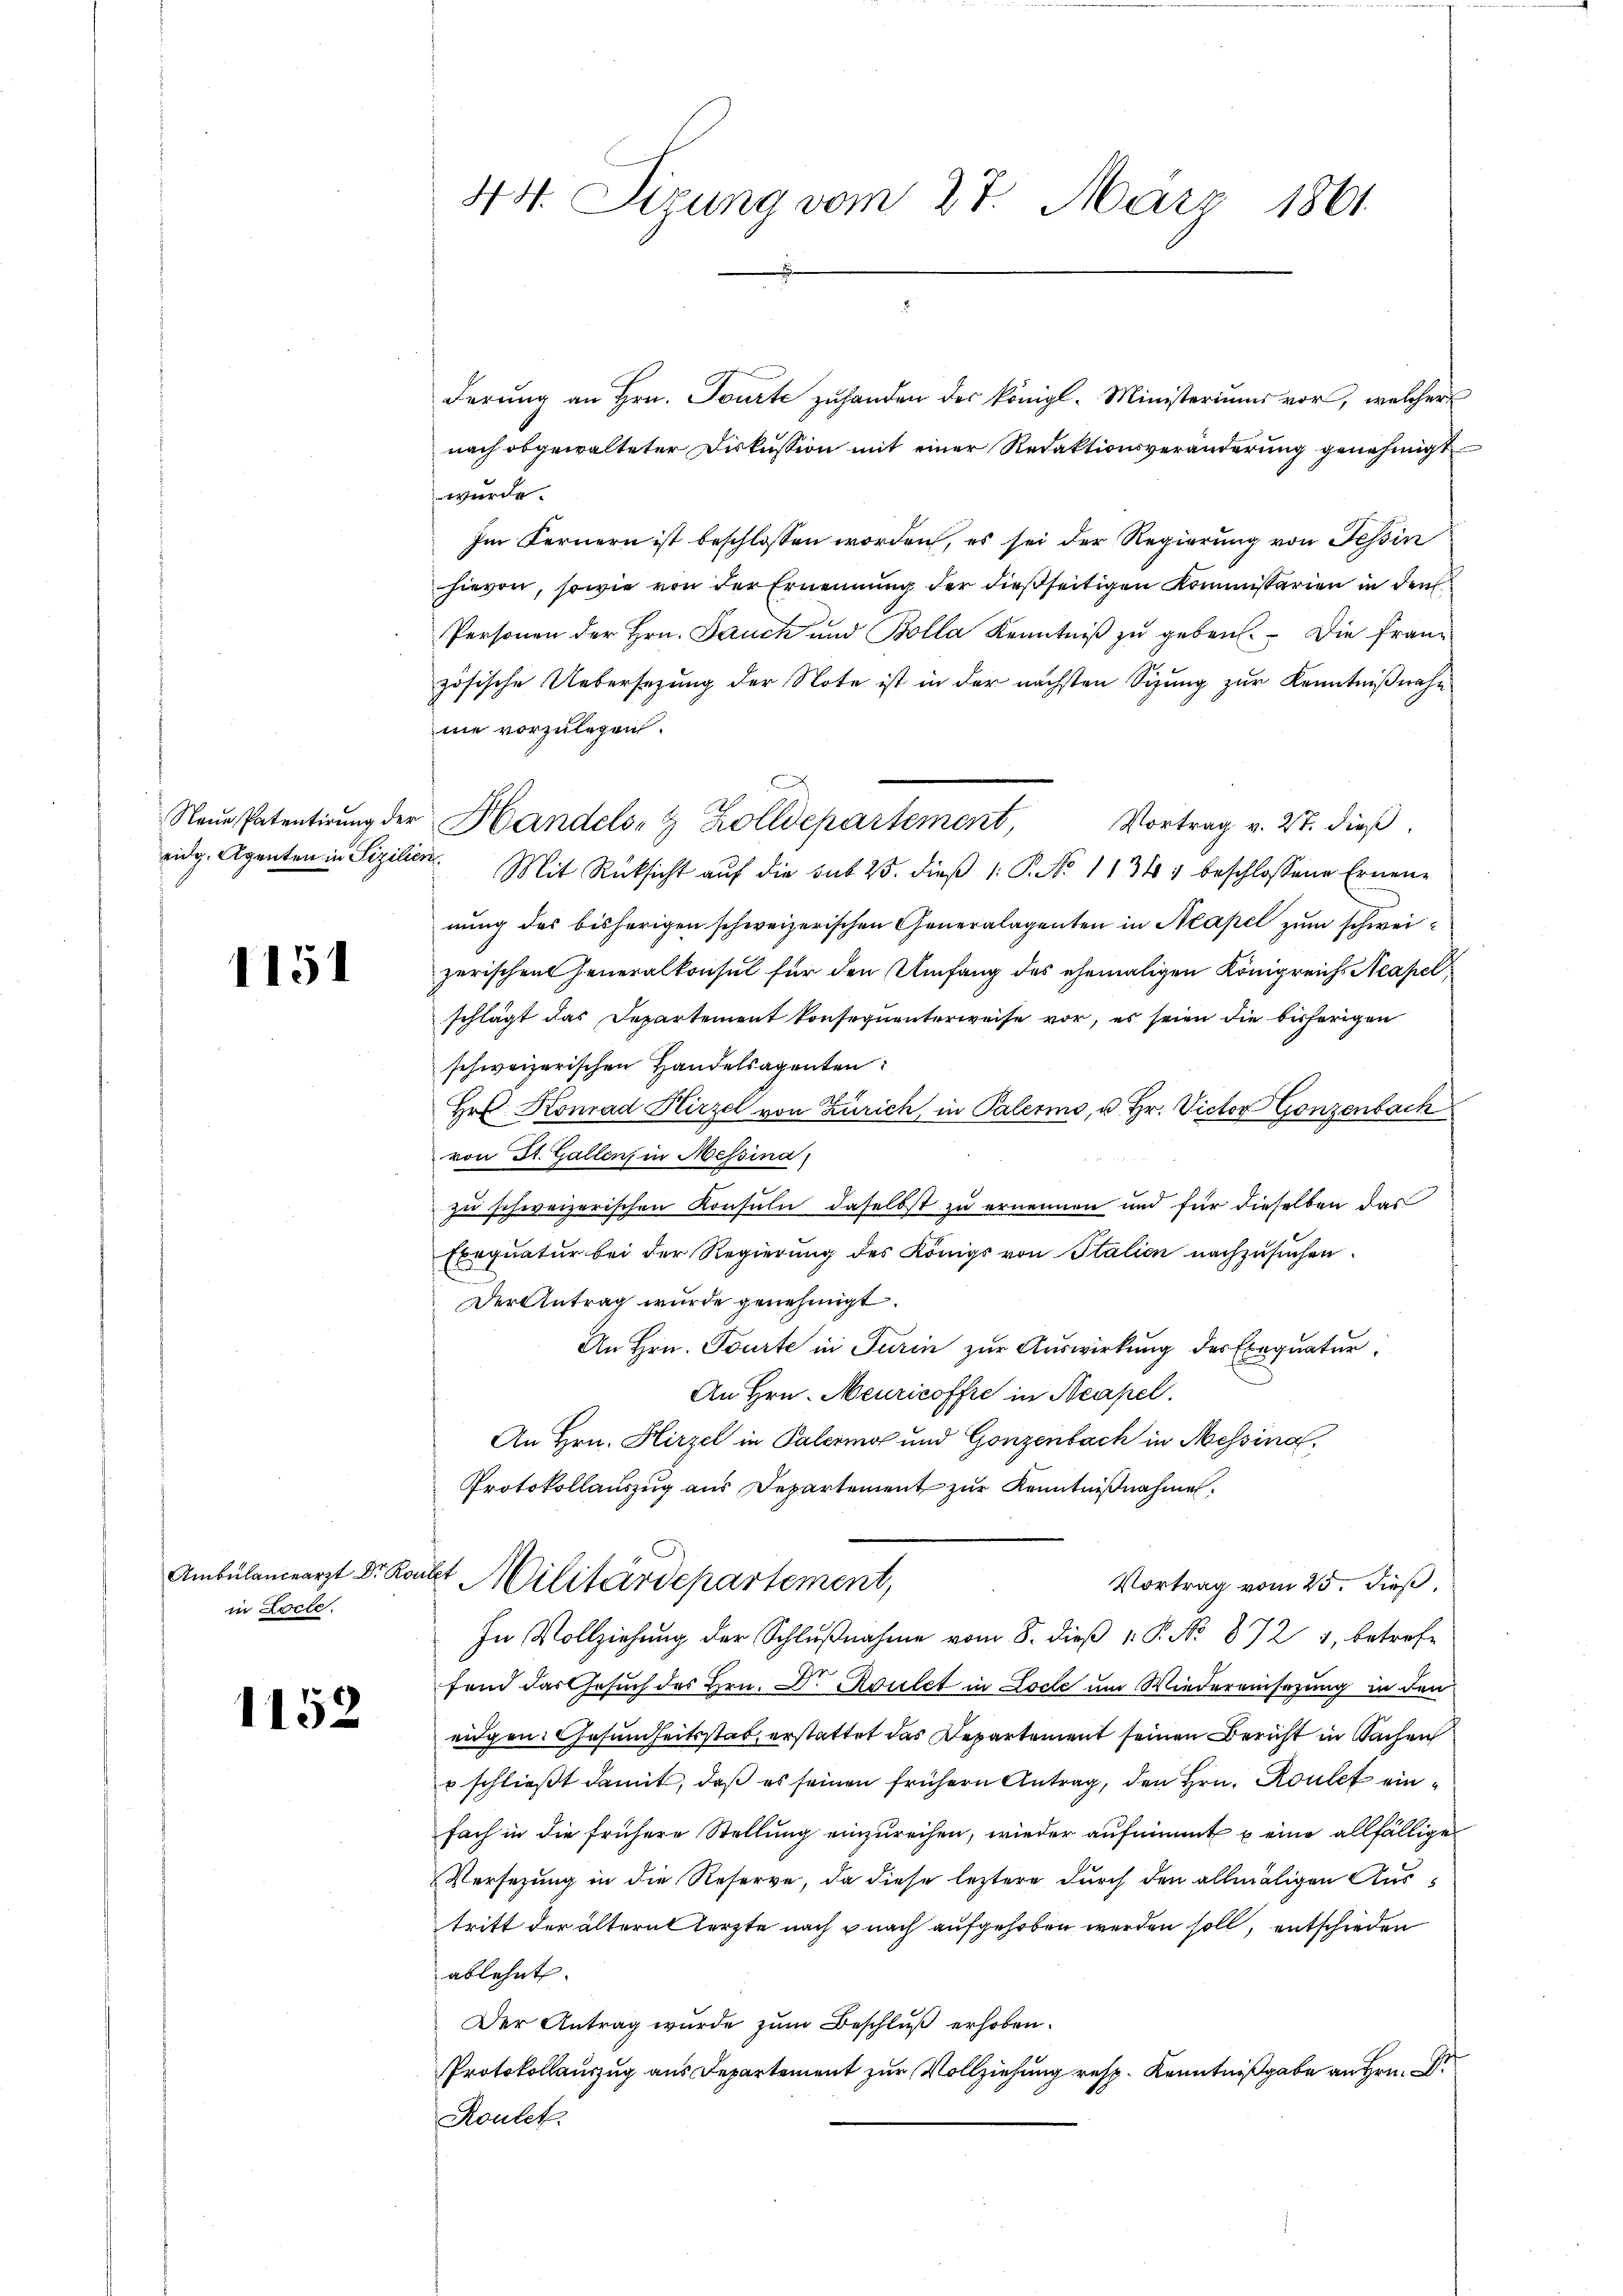
1151

in Locle.

1152

44. Sizung vom 27. März 1861

Neue Patentirung der Handels- & Zolldepartement,

derung an Hrn. Tourte zuhanden des königl. Ministeriums vor, welcher
nach obgewalteter Diskussion mit einer Redaktionsveränderung genehmigt
wurde.
Im Fernern ist beschlossen worden, es sei der Regierung von Tessin
hievon, sowie von der Ernennung der dießseitigen Kommissarien in den
Personen der Hrn. Jauch und Bolla Kenntniß zu geben. Die Französische Uebersezung der Note ist in der nächsten Sizung zur Kenntnißnahe
nie vorzulegen.
Vortrag v. 27. dieß,
eidg. Agenten in Sizilien. Mit Rücksicht aŭf die sub 25. dieβ 1: P. No 1134) beschlossene Ernen-
nung des bisherigen schweizerischen Generalagenten in Neapel zum schweizerischen Generalkonsul für den Umfang des ehemaligen Königreichs Neapel
schlägt das Departement konsequenterweise vor, es seien die bisherigen
schweizerischen Handelsagenten
Hr. Konrad Hirzel von Zürich, in Palermo, u. Hr. Victor Gonzenbach
von St. Gallen, in Messina,
.
zu schweizerischen Konsuln, daselbst zu ernennen und für dieselben das
Exequatur bei der Regierung des Königs von Italien nachzusuchen.
Der Antrag wurde genehmigt.
An Hrn. Tourte in Turin zur Auswirkung des Exequatur,
An Hrn. Meuricoffre in Neapel.
An Hrn. Hirzel in Palermo und Gonzenbach in Messina,
Protokollauszug aus Departement zur Kenntnißnahme.
Ambülancearzt Dr. Konst Militärdepartement,
Vortrag vom 25. dieß,
In Vollziehung der Schlŭβnahme vom 8. dieβ v. P. No 872 4, betrefe
fend das Gesuch des Hrn. Dr. Roulet in Loche um Wiedereinsezung in den
eidgen. Gesundheitsstat, erstattet das Departement seinen Bericht in Sachen
r schließt damit, daß es seinen frühern Antrag, den Hrn. Koule einfach in die frühere Stellung einzureihen, wieder aufnimmt u eine allfällige
Versezung in die Reserve, da diese leztere durch den allmäligen Austritt der älternt herzte nach u nach aufgehoben werden soll, entschieden
ablehnt.
Der Antrag wurde zum Beschluß erhoben.
Protokollauszug aus Departement zur Vollziehung resp. Kenntnißgabe an Hrn.
Roulet